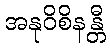
အနုဝိစိနန္တီ